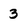
Character: 3